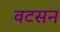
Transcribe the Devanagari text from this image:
वटसन